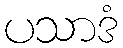
ပသာဒံ